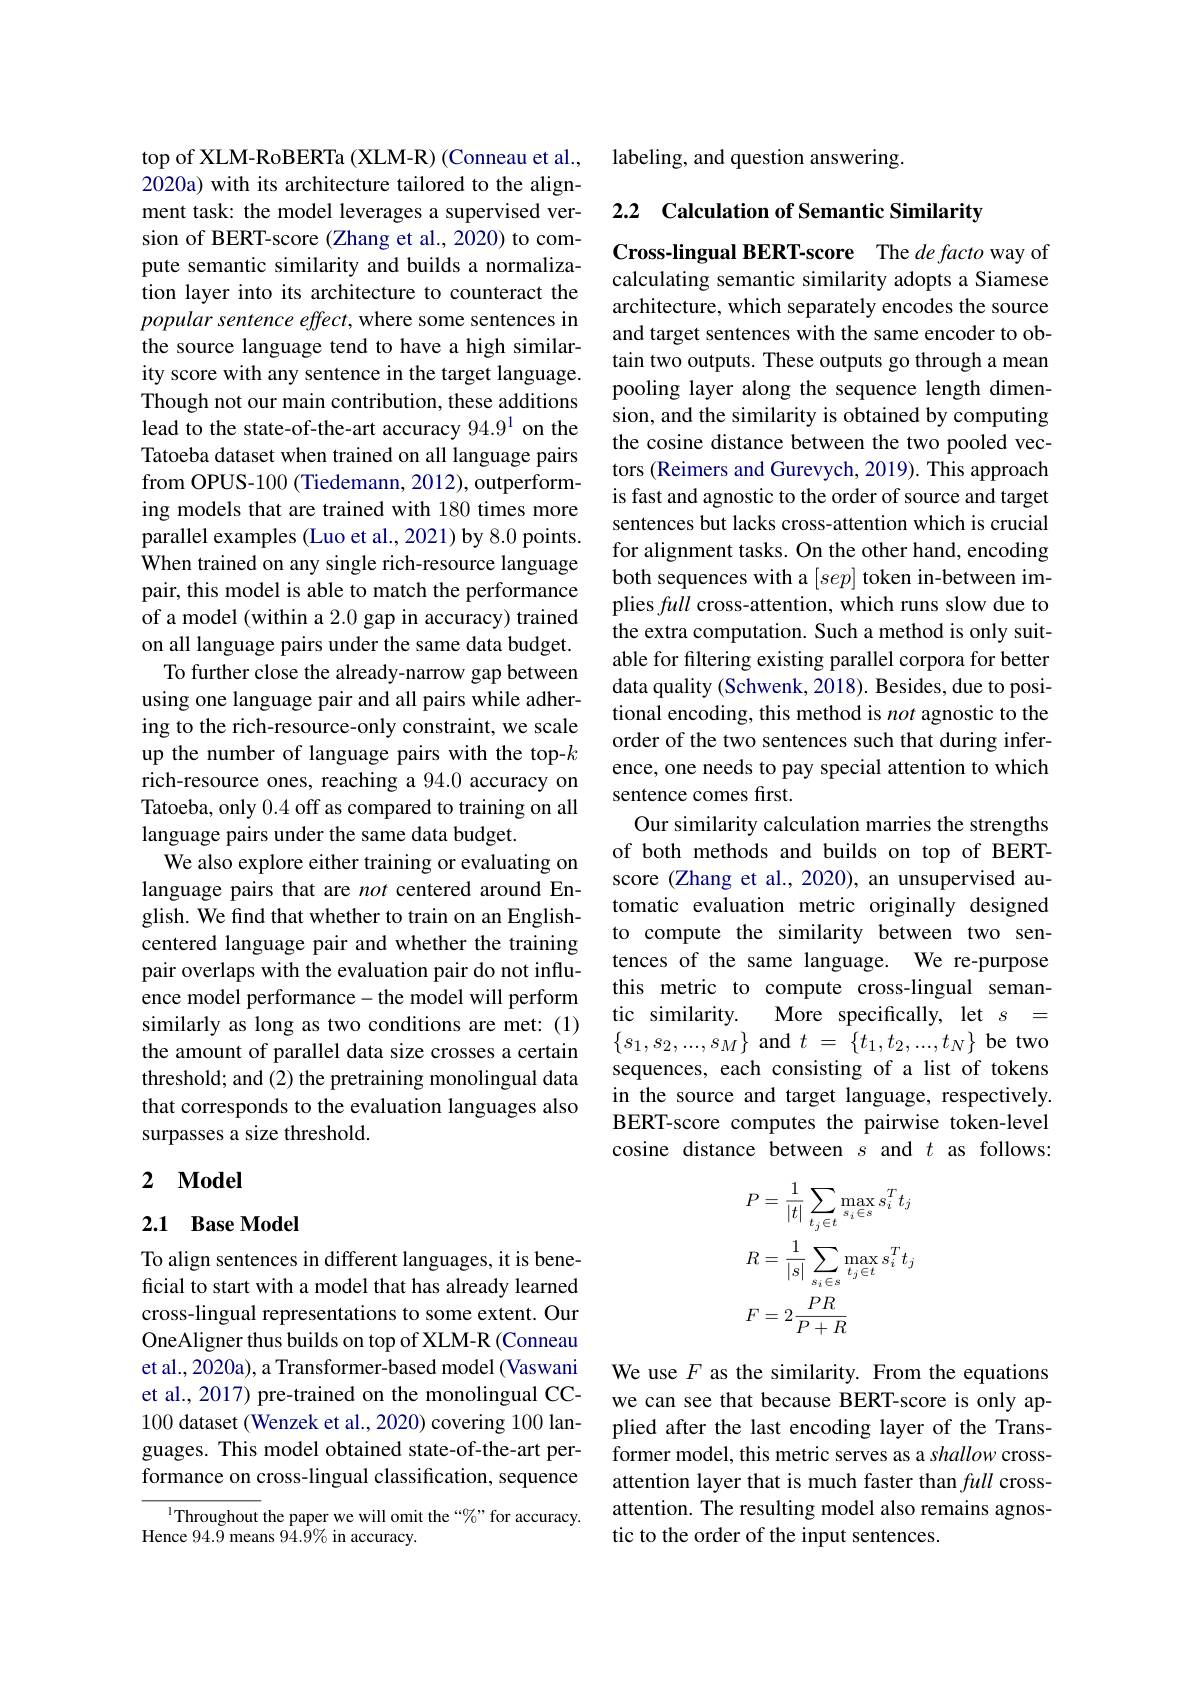
top of XLM-RoBERTa (XLM-R) (Conneau et al., 2020a) with its architecture tailored to the alignment task: the model leverages a supervised version of BERT-score (Zhang et al., 2020) to compute semantic similarity and builds a normalization layer into its architecture to counteract the popular sentence effect, where some sentences in the source language tend to have a high similarity score with any sentence in the target language. Though not our main contribution, these additions lead to the state-of-the-art accuracy 94.91 on the Tatoeba dataset when trained on all language pairs from OPUS-100 (Tiedemann, 2012), outperforming models that are trained with 180 times more parallel examples (Luo et al., 2021) by 8.0 points. When trained on any single rich-resource language pair, this model is able to match the performance of a model (within a 2.0 gap in accuracy) trained on all language pairs under the same data budget.
To further close the already-narrow gap between using one language pair and all pairs while adhering to the rich-resource-only constraint, we scale up the number of language pairs with the top-$k$ rich-resource ones, reaching a 94.0 accuracy on Tatoeba, only 0.4 off as compared to training on all language pairs under the same data budget.
We also explore either training or evaluating on language pairs that are not centered around English. We find that whether to train on an Englishcentered language pair and whether the training pair overlaps with the evaluation pair do not influence model performance- the model will perform similarly as long as two conditions are met: (1) the amount of parallel data size crosses a certain threshold; and (2) the pretraining monolingual data that corresponds to the evaluation languages also surpasses a size threshold.

## 2 $\mathbf{Model}$

## 2.1 Base Model

To align sentences in different languages, it is beneficial to start with a model that has already learned cross-lingual representations to some extent. Our OneAligner thus builds on top of XLM-R (Conneau et al., 2020a), a Transformer-based model (Vaswani et al., 2017) pre-trained on the monolingual CC- 100 dataset (Wenzek et al., 2020) covering 100 languages. This model obtained state-of-the-art performance on cross-lingual classification, sequence

$^{1}$Throughout the paper we will omit the “0$\%$ for accuracy.
Hence 94.9 means 94.9% in accuracy.

labeling, and question answering.

2.2 Calculation of Semantic Similarity

Cross-lingual BERT-score The $de\textit{facto way of}$ calculating semantic similarity adopts a Siamese architecture, which separately encodes the source and target sentences with the same encoder to obtain two outputs. These outputs go through a mean pooling layer along the sequence length dimension, and the similarity is obtained by computing the cosine distance between the two pooled vectors (Reimers and Gurevych, 2019). This approach is fast and agnostic to the order of source and target sentences but lacks cross-attention which is crucial for alignment tasks. On the other hand, encoding both sequences with a $[sep]$ token in-between implies full cross-attention, which runs slow due to the extra computation. Such a method is only suitable for filtering existing parallel corpora for better data quality (Schwenk, 2018). Besides, due to positional encoding, this method is not agnostic to the order of the two sentences such that during inference, one needs to pay special attention to which sentence comes first.
Our similarity calculation marries the strengths of both methods and builds on top of BERTscore (Zhang et al., 2020), an unsupervised automatic evaluation metric originally designed to compute the similarity between two sentences of the same language. We re-purpose this metric to compute cross-lingual semantic similarity.
More specifically, let $s=$
$\begin{Bmatrix}s_1,s_2,...,s_M\end{Bmatrix}$ and $t$ = $\{ t_1, t_2, . . . , t_N\}$ be two sequences, each consisting of a list of tokens in the source and target language, respectively. BERT-score computes the pairwise token-level cosine distance between $s$ and $t$ as follows:
$$\begin{aligned}&P=\frac{1}{|t|}\sum_{t_{j}\in t}\max_{s_{i}\in s}s_{i}^{T}t_{j}\\&R=\frac{1}{|s|}\sum_{s_{i}\in s}\max_{t_{j}\in t}s_{i}^{T}t_{j}\\&F=2\frac{PR}{P+R}\end{aligned}$$
We use $F$ as the similarity. From the equations we can see that because BERT-score is only applied after the last encoding layer of the Transformer model, this metric serves as a shallow crossattention layer that is much faster than full crossattention. The resulting model also remains agnostic to the order of the input sentences.